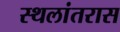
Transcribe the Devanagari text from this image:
स्थलांतरास